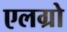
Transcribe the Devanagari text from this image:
एलग्रो